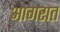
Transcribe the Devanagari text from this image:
आगरात